Lunatic asylums Central Provinces reports 1895-1909 - 1895-1909
Year: 1895
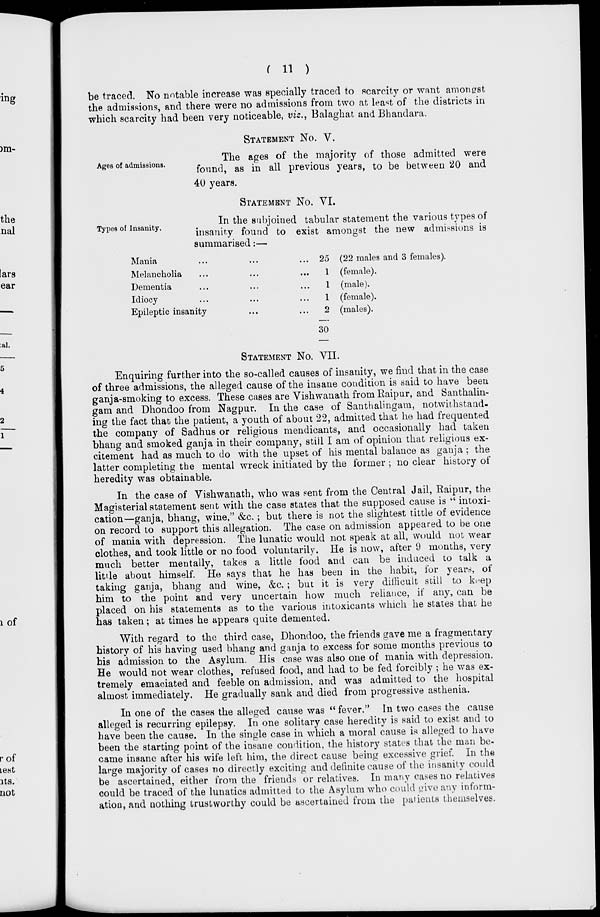
( 11 )
be traced. No notable increase was specially traced to scarcity or want amongst
the admissions, and there were no admissions from two at least of the districts in
which scarcity had been very noticeable, viz., Balaghat and Bhandara.
Ages of admissions.
STATEMENT No. V.
The ages of the majority of those admitted were
found, as in all previous years, to be between 20 and
40 years.
Types of Insanity.
STATEMENT No. VI.
In the subjoined tabular statement the various types of
insanity found to exist amongst the new admissions is
summarised:—
Mania ... ... ...
Melancholia ... ... ...
Dementia ... ... ...
Idiocy ... ... ...
Epileptic insanity ... ...
25 (22 males and 3 females).
1 (female).
1 (male).
1 (female).
2 (males).
30
STATEMENT No. VII.
Enquiring further into the so-called causes of insanity, we find that in the case
of three admissions, the alleged cause of the insane condition is said to have been
ganja-smoking to excess. These cases are Vishwanath from Raipur, and Santhalin-
gam and Dhondoo from Nagpur. In the case of Santhalingam, notwithstand-
ing the fact that the patient, a youth of about 22, admitted that he had frequented
the company of Sadhus or religious mendicants, and occasionally had taken
bhang and smoked ganja in their company, still I am of opinion that religious ex-
citement had as much to do with the upset of his mental balance as ganja ; the
latter completing the mental wreck initiated by the former ; no clear history of
heredity was obtainable.
In the case of Vishwanath, who was sent from the Central Jail, Raipur, the
Magisterial statement sent with the case states that the supposed cause is " intoxi-
cation—ganja, bhang, wine," &c. ; but there is not the slightest tittle of evidence
on record to support this allegation. The case on admission appeared to be one
of mania with depression. The lunatic would not speak at all, would not wear
clothes, and took little or no food voluntarily. He is now, after 9 months, very
much better mentally, takes a little food and can be induced to talk a
little about himself. He says that he has been in the habit, for years, of
taking ganja, bhang and wine, &c. ; but it is very difficult still to keep
him to the point and very uncertain how much reliance, if any, can be
placed on his statements as to the various intoxicants which he states that he
has taken; at times he appears quite demented.
With regard to the third case, Dhondoo, the friends gave me a fragmentary
history of his having used bhang and ganja to excess for some months previous to
his admission to the Asylum. His case was also one of mania with depression.
He would not wear clothes, refused food, and had to be fed forcibly ; he was ex-
tremely emaciated and feeble on admission, and was admitted to the hospital
almost immediately. He gradually sank and died from progressive asthenia.
In one of the cases the alleged cause was " fever." In two cases the cause
alleged is recurring epilepsy. In one solitary case heredity is said to exist and to
have been the cause. In the single case in which a moral cause is alleged to have
been the starting point of the insane condition, the history states that the man be-
came insane after his wife left him, the direct cause being excessive grief. In the
large majority of cases no directly exciting and definite cause of the insanity could
be ascertained, either from the friends or relatives. In many cases no relatives
could be traced of the lunatics admitted to the Asylum who could give any inform-
ation, and nothing trustworthy could be ascertained from the patients themselves.